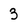
Character: 3